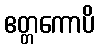
ဧတ္တကောပိ